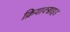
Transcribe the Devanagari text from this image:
क्रियाक्साइड